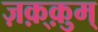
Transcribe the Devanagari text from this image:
ज़क़्क़ुम्